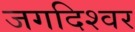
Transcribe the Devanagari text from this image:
जगदिश्वर